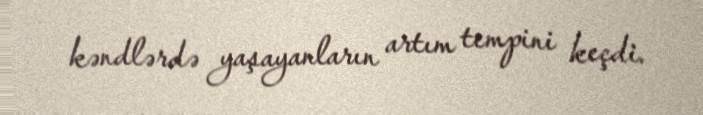
kəndlərdə yaşayanların artım tempini keçdi.